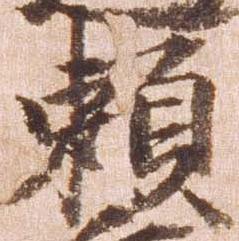
頼